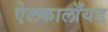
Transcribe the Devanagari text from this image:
ऐलकालाँयड